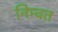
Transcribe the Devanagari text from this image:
निम्वत